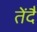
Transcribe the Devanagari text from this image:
तेंदै